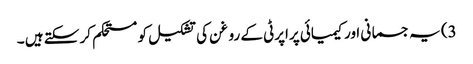
3) یہ جسمانی اور کیمیائی پراپرٹی کے روغن کی تشکیل کو مستحکم کر سکتے ہیں ۔